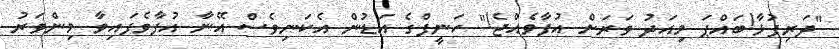
"ދަރިފުޅާ!ބައްޕަ މިއަދު ވަރަށް އުފާވެއްޖެ!" ހަނީފްގެ އަޑުން އެކަނިވެސް އޭނާ އުފާވެފައިވާ މިންވަރު